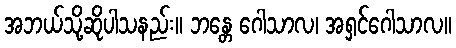
အဘယ်သို့ဆိုပါသနည်း။ ဘန္တေ ဂေါသာလ၊ အရှင်ဂေါသာလ။